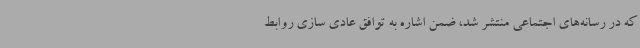
که در رسانه‌های اجتماعی منتشر شد، ضمن اشاره به توافق عادی سازی روابط